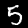
Digit: 5